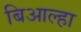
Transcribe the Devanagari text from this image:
बिआल्हा